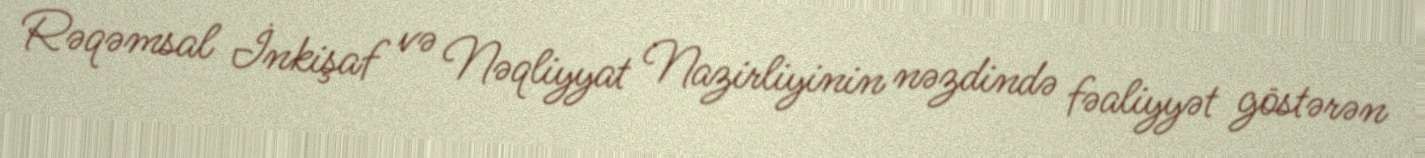
Rəqəmsal İnkişaf və Nəqliyyat Nazirliyinin nəzdində fəaliyyət göstərən